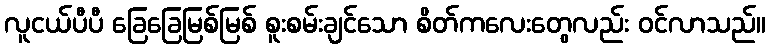
လူငယ်ပီပီ ခြေခြေမြစ်မြစ် စူးစမ်းချင်သော စိတ်ကလေးတွေလည်း ဝင်လာသည်။